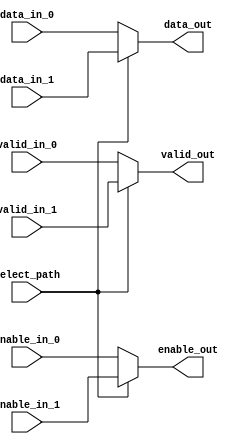
// ***************************************************************************
// ***************************************************************************
// Copyright (C) 2014-2023 Analog Devices, Inc. All rights reserved.
//
// In this HDL repository, there are many different and unique modules, consisting
// of various HDL (Verilog or VHDL) components. The individual modules are
// developed independently, and may be accompanied by separate and unique license
// terms.
//
// The user should read each of these license terms, and understand the
// freedoms and responsibilities that he or she has by using this source/core.
//
// This core is distributed in the hope that it will be useful, but WITHOUT ANY
// WARRANTY; without even the implied warranty of MERCHANTABILITY or FITNESS FOR
// A PARTICULAR PURPOSE.
//
// Redistribution and use of source or resulting binaries, with or without modification
// of this file, are permitted under one of the following two license terms:
//
//   1. The GNU General Public License version 2 as published by the
//      Free Software Foundation, which can be found in the top level directory
//      of this repository (LICENSE_GPL2), and also online at:
//      <https://www.gnu.org/licenses/old-licenses/gpl-2.0.html>
//
// OR
//
//   2. An ADI specific BSD license, which can be found in the top level directory
//      of this repository (LICENSE_ADIBSD), and also on-line at:
//      https://github.com/analogdevicesinc/hdl/blob/master/LICENSE_ADIBSD
//      This will allow to generate bit files and not release the source code,
//      as long as it attaches to an ADI device.
//
// ***************************************************************************
// ***************************************************************************

`timescale 1ns/100ps

module ad_bus_mux #(

  // Channel data width
  parameter DATA_WIDTH = 16
) (
  input                    select_path,

  input                    valid_in_0,
  input                    enable_in_0,
  input  [DATA_WIDTH-1:0]  data_in_0,

  input                    valid_in_1,
  input                    enable_in_1,
  input  [DATA_WIDTH-1:0]  data_in_1,

  output                   valid_out,
  output                   enable_out,
  output [DATA_WIDTH-1:0]  data_out
);

  assign valid_out  = (select_path == 0) ? valid_in_0   : valid_in_1;
  assign enable_out = (select_path == 0) ? enable_in_0  : enable_in_1;
  assign data_out   = (select_path == 0) ? data_in_0    : data_in_1;

endmodule